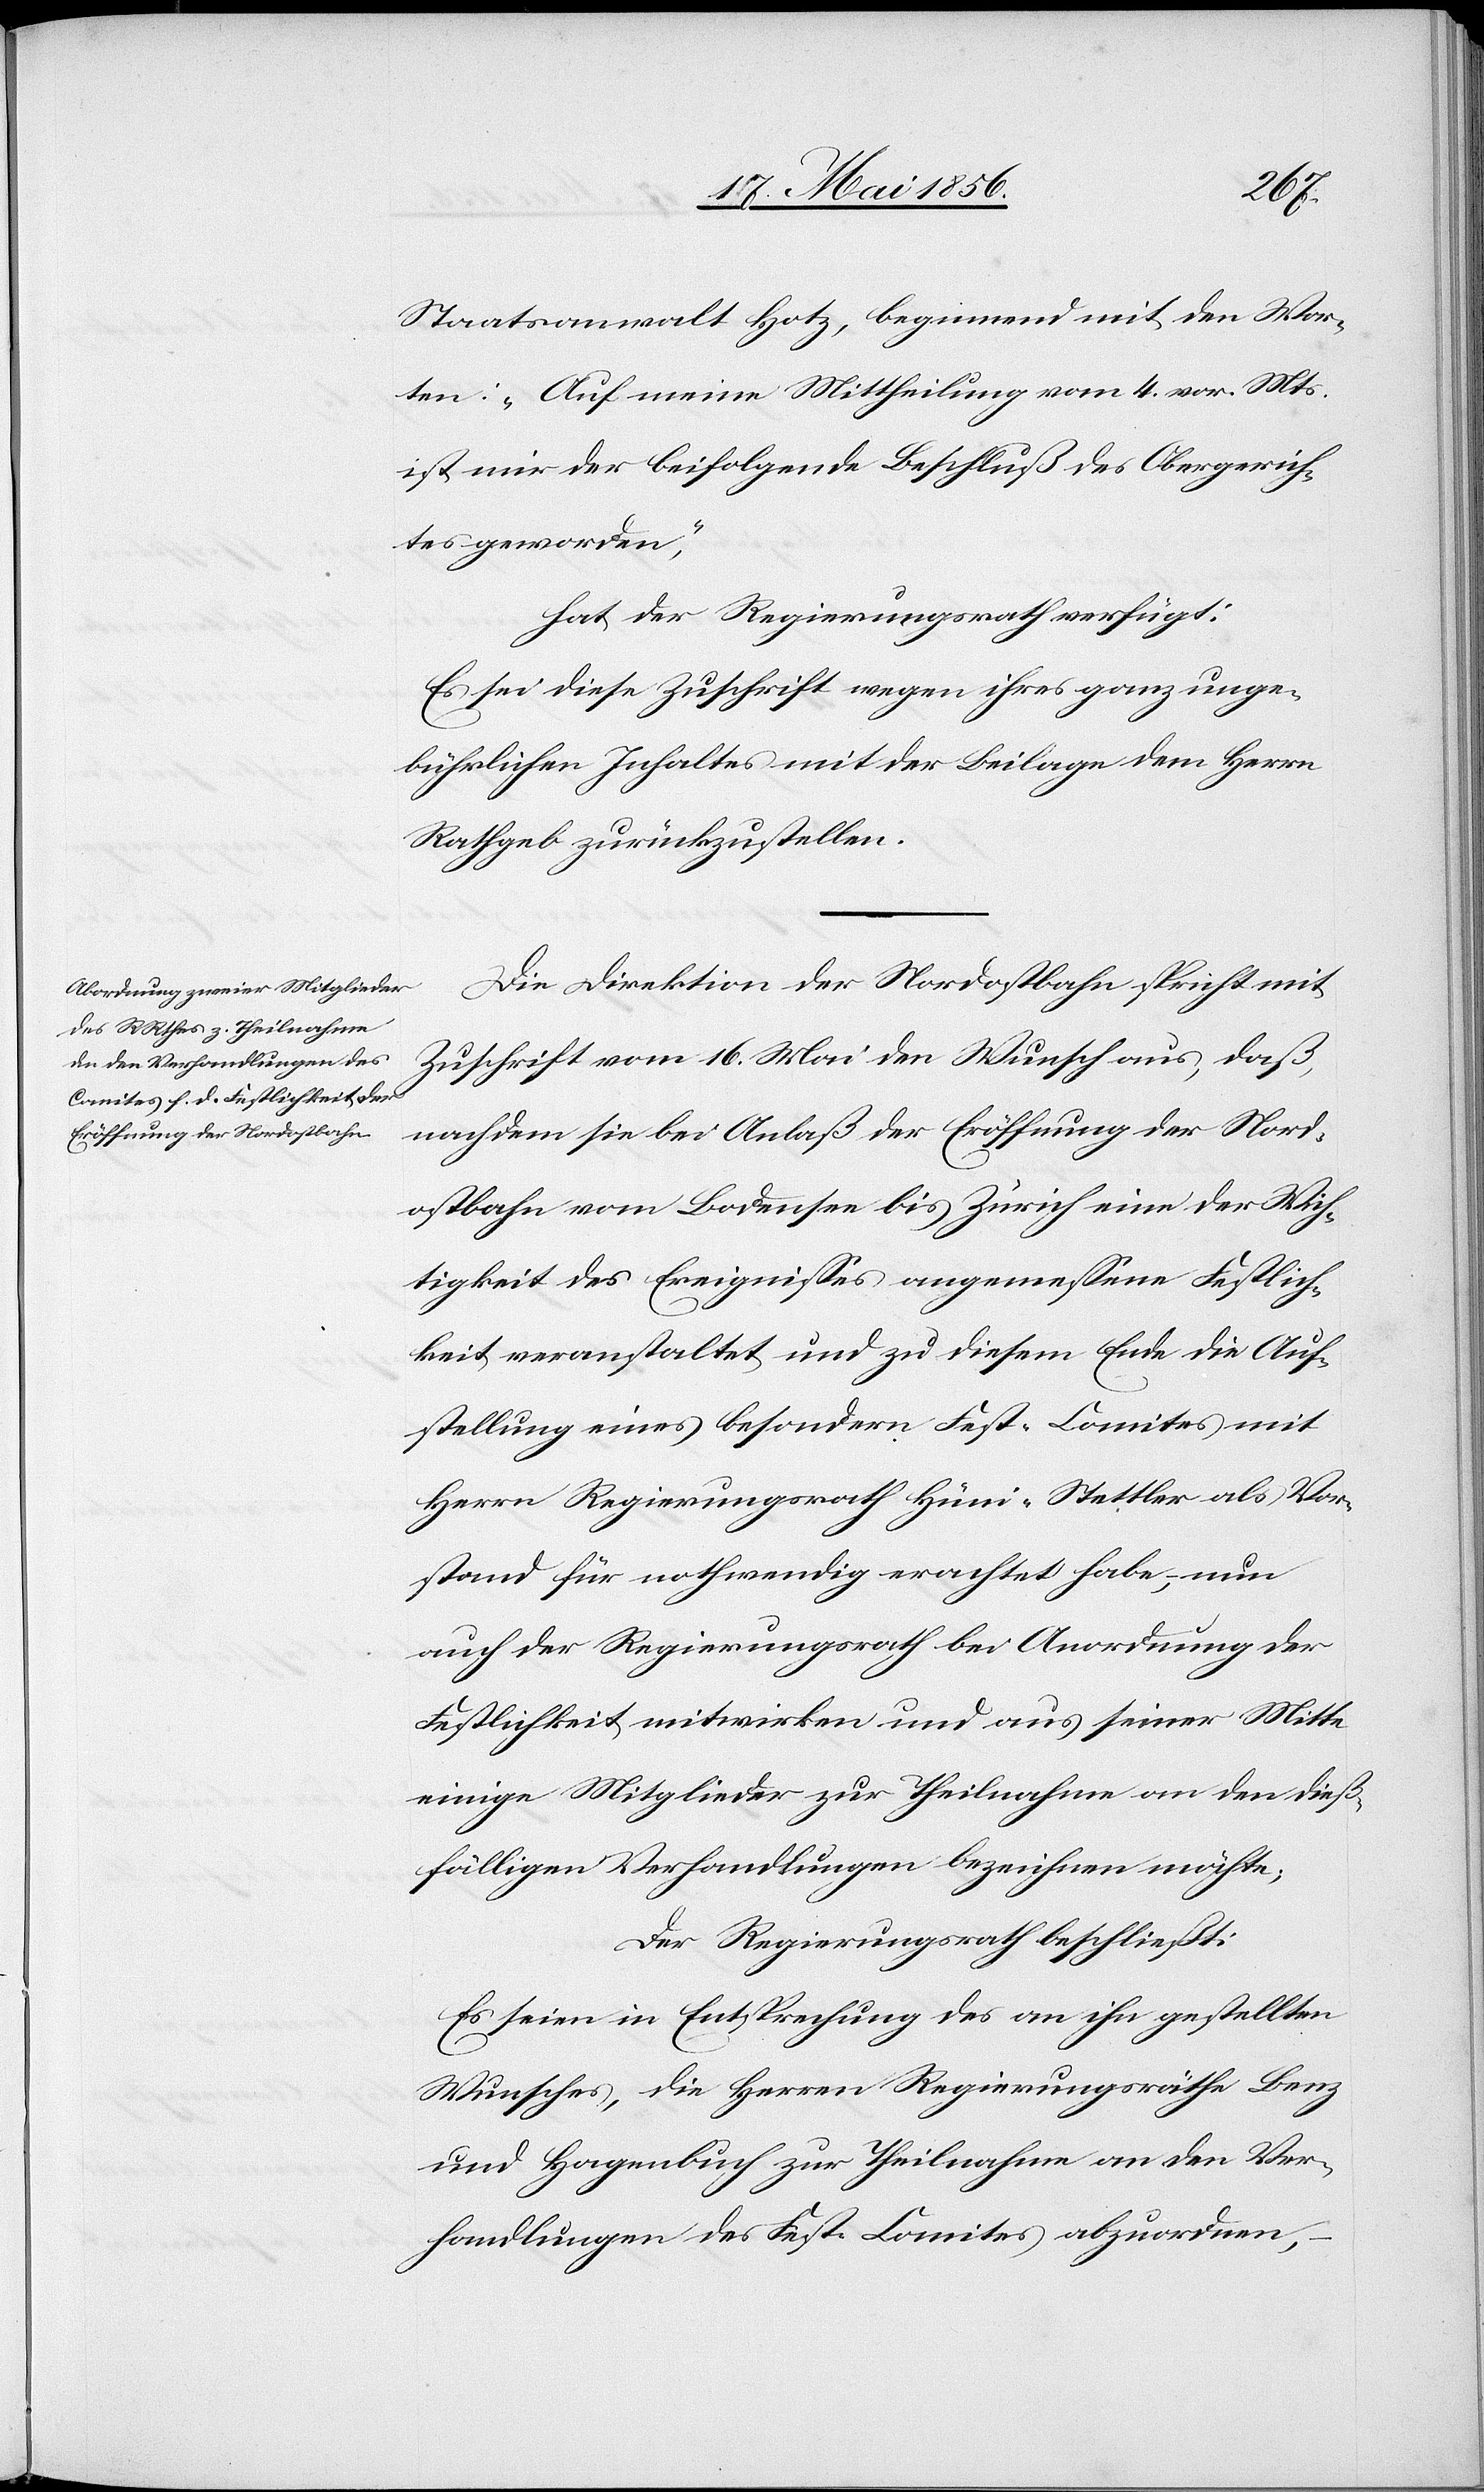
Staatsanwalt Hotz, beginnend mit den Wor¬
ten: „Auf meine Mittheilung vom 4. vor. Mts.
ist mir der beifolgende Beschluß des Obergerich¬
tes geworden“,
hat der Regierungsrath verfügt:
Es sei diese Zuschrift wegen ihres ganz unge¬
bührlichen Inhaltes mit der Beilage dem Herrn
Rathgeb zurückzustellen.
Die Direktion der Nordostbahn spricht mit
Zuschrift vom 16. Mai den Wunsch aus, daß
nachdem sie bei Anlaß der Eröffnung der Nord¬
ostbahn vom Bodensee bis Zürich eine der Wich¬
tigkeit des Ereignisses angemessene Festlich¬
keit veranstaltet und zu diesem Ende die Auf¬
stellung eines besondern Fest-Comites mit
Herrn Regierungsrath Hüni-Stettler als Vor¬
stand für nothwendig erachtet habe, nun
auch der Regierungsrath bei Anordnung der
Festlichkeit mitwirken und aus seiner Mitte
einige Mitglieder zur Theilnahme an den dieß¬
fälligen Verhandlungen bezeichnen möchte;
Der Regierungsrath beschließt:
Es seien in Entsprechung des an ihn gestellten
Wunsches, die Herren Regierungsräthe Benz
und Hagenbuch zur Theilnahme an den Ver¬
handlungen des Fest-Comites abzuordnen,